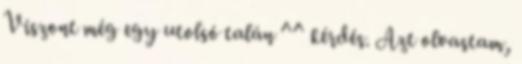
Viszont még egy utolsó talán ^^ kérdés. Azt olvastam,